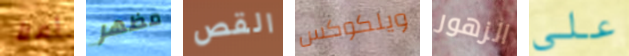
أملأ مظهر القص ويلكوكس الزهور على